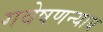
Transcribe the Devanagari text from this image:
गवेषणन्याय